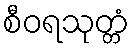
စီဝရသုတ္တံ